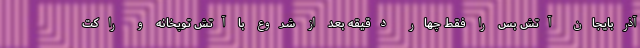
آذربایجان آتش بس را فقط چهار دقیقه بعد از شروع با آتش توپخانه و راکت